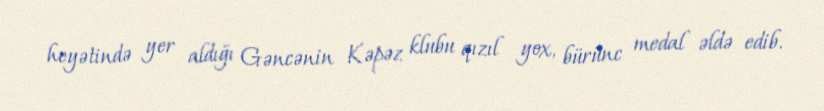
heyətində yer aldığı Gəncənin Kəpəz klubu qızıl yox, bürünc medal əldə edib.